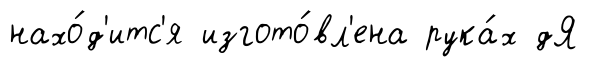
нахо́д'итс'я изгото́вл'ена рука́х дЯ